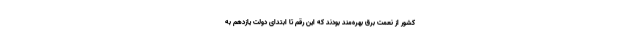
کشور از نعمت برق بهره‌مند بودند که این رقم تا ابتدای دولت یازدهم به